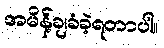
အမိန့်ချခံခဲ့ရတာပါ။